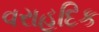
વરાહદિક